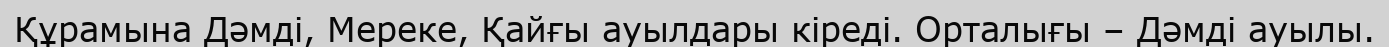
Құрамына Дәмді, Мереке, Қайғы ауылдары кіреді. Орталығы – Дәмді ауылы.